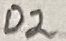
Text: D2